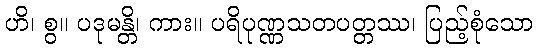
ဟိ၊ စွ။ ပဒုမန္တိ၊ ကား။ ပရိပုဏ္ဏသတပတ္တဿ၊ ပြည့်စုံသော